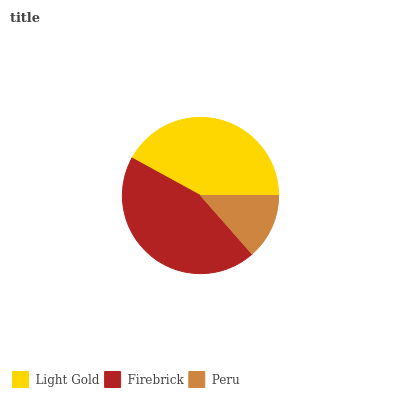
| Light Gold | Firebrick | Peru |
 | --- | --- | --- |
 | 42% | 44.4% | 13.5% |